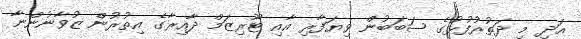
އަދި މި ދަތުރުފުޅުގެ ސަބަބުން ވިޔަފާރި އާއި ޓޫރިޒަމް ދާއިރާގެ އިތުރުން ޒުވާނުންނާ